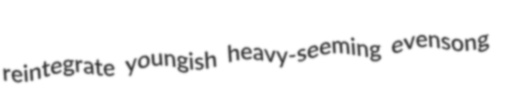
reintegrate youngish heavy-seeming evensong